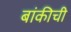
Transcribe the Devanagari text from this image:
बांकीची